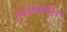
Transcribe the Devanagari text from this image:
चित्रणासोबतच